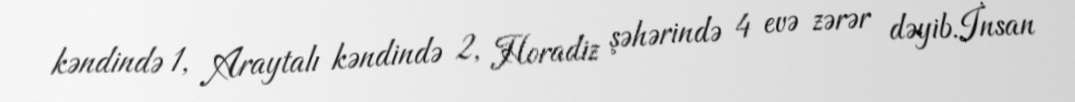
kəndində 1, Araytalı kəndində 2, Horadiz şəhərində 4 evə zərər dəyib.İnsan